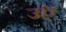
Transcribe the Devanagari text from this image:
उऍ